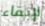
لإبقاء